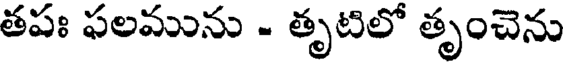
తపః ఫలమును - తృటిలో తృంచెను